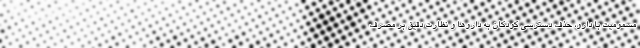
مسمومیت با دارو، حذف دسترسی کودکان به داروها و نظارت دقیق بر مصرف